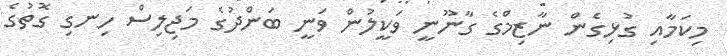
މިކަމާއި ގުޅިގެން ނާޒިމްގެ ގާނޫނީ ވަކީލުން ވަނީ ބަންދުގެ މަޖިލިސް ހިނގި ގޮތުގެ